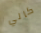
كالي